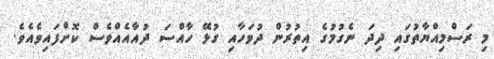
މި ރަސްމިއްޔާތުގައި ދިދަ ނެގުމުގެ އިތުރުން ދުވަހާއި ގުޅޭ ހާއްސަ ދުއާއެއްވެސް ކޮށްފައިވެއެވެ.